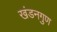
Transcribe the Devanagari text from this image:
खंडनगुण